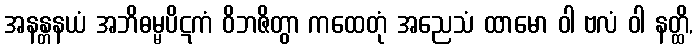
အနန္တနယံ အဘိဓမ္မပိဋကံ ဝိဘဇိတွာ ကထေတုံ အညေသံ ထာမော ဝါ ဗလံ ဝါ နတ္ထိ,